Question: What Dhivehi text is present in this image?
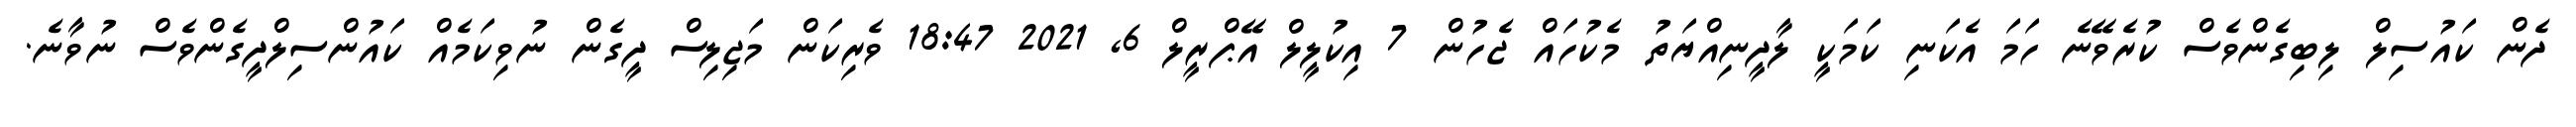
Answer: ދެން ކައުސިލް ލިބިގެންވެސް ކުރެވޭނެ ހަމަ އެކަނި ކަމަކީ ލާދީނިއްޔަތު މެކުހައް ޖެހުން 7 އިކުލީލް އޭޕްރީލް 6, 2021 18:47 ވެރިކަން މަޖިލިސް ދީގެން ނުވިކަމެއް ކައުންސިލްދީގެންވެސް ނުވާނެ.